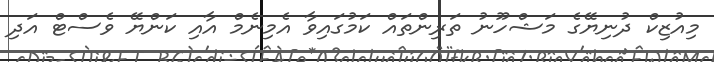
މިއުޒިކް ދުނިޔޭގެ މަޝްހޫނު ތަރިންތައް ކަމުގައިވާ އެމިނެމް އާއި ކަންޔޭ ވެސްޓް އަދި